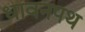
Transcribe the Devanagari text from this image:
धावनपथ